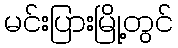
မင်းပြားမြို့တွင်